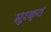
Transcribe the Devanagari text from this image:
सूरकृत